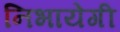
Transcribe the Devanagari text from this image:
निभायेगी